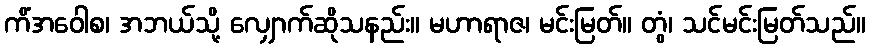
ကိံအဝေါစ၊ အဘယ်သို့ လျှောက်ဆိုသနည်း။ မဟာရာဇ၊ မင်းမြတ်။ တွံ၊ သင်မင်းမြတ်သည်။